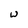
Character: w